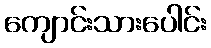
ကျောင်းသားပေါင်း